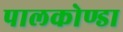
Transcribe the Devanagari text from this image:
पालकोण्डा